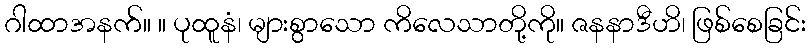
ဂါထာအနက်။ ။ ပုထူနံ၊ များစွာသော ကိလေသာတို့ကို။ ဇနနာဒီဟိ၊ ဖြစ်စေခြင်း